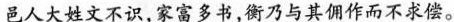
邑人大姓文不识，家富多书，衡乃与其佣作而不求偿。